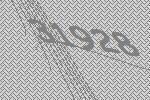
31928